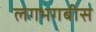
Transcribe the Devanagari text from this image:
लगभगबीस